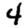
Digit: 4